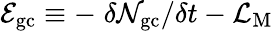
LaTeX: {\cal E}_{\mathrm{gc}}\equiv-\; \delta{\cal N}_{\mathrm{gc}}/\delta t-{\cal L}_{\mathrm{M}}